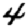
Digit: 4